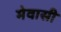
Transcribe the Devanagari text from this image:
मेवासी